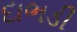
દાભડી